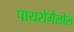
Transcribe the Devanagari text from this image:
पायरोगैलोल